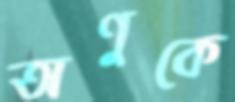
অণুকে